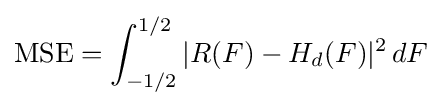
{\text{MSE}}=\int _{-1/2}^{1/2}|R(F)-H_{d}(F)|^{2}\,dF